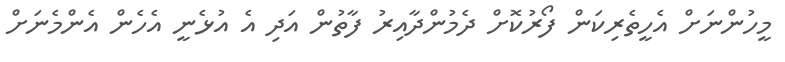
މީހުންނަށް އެހީތެރިކަން ފޯރުކޮށް ދެމުންދާއިރު ފާތުން އަދި އެ އުޅެނީ އެހެން އެންމެނަށް